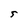
Character: 5